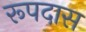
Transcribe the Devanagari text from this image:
रूपदास